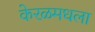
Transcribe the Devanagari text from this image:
केरळमधला